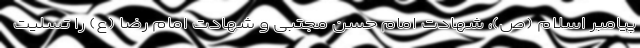
پیامبر اسلام (ص)، شهادت امام حسن مجتبی و شهادت امام رضا (ع) را تسلیت